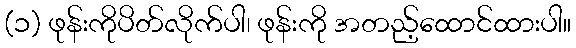
(၁) ဖုန်းကိုပိတ်လိုက်ပါ၊ ဖုန်းကို အတည့်ထောင်ထားပါ။